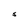
Character: S